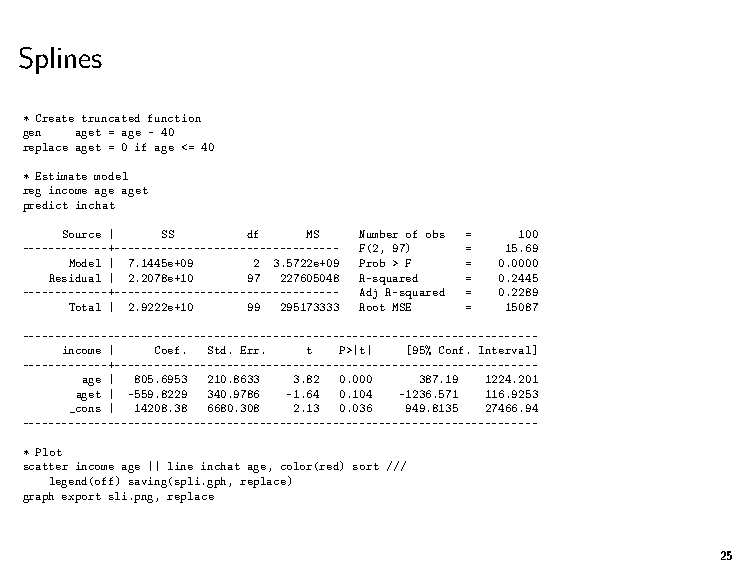
Splines
 * Create truncated function
 gen aget = age - 40
 replace aget = 0 if age <= 40
 * Estimate model
 reg income age aget
 predict inchat
 Source | SS df  MS  Number of obs = 100
 -------------+---------------------------------- F(2, 97) = 15.69
 Model | 7.1445e+09 2 3.5722e+09 Prob > F = 0.0000
 Residual | 2.2078e+10 97 227605048 R-squared = 0.2445
 -------------+---------------------------------- Adj R-squared = 0.2289
 Total | 2.9222e+10 99 295173333 Root MSE = 15087
 ------------------------------------------------------------------------------
 income | Coef. Std. Err. t P>|t| [95% Conf. Interval]
 -------------+----------------------------------------------------------------
 age | 805.6953 210.8633 3.82 0.000 387.19 1224.201
 aget | -559.8229 340.9786 -1.64 0.104 -1236.571 116.9253
 _cons | 14208.38 6680.308 2.13 0.036 949.8135 27466.94
 ------------------------------------------------------------------------------
 * Plot
 scatter income age || line inchat age, color(red) sort ///
 legend(off) saving(spli.gph, replace)
 graph export sli.png, replace
 25